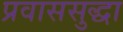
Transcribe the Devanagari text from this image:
प्रवाससुद्धा